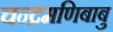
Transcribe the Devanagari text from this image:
चन्द्रमणिबाबु